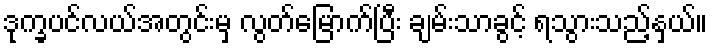
ဒုက္ခပင်လယ်အတွင်းမှ လွတ်မြောက်ပြီး ချမ်းသာခွင့် ရသွားသည့်နှယ်။